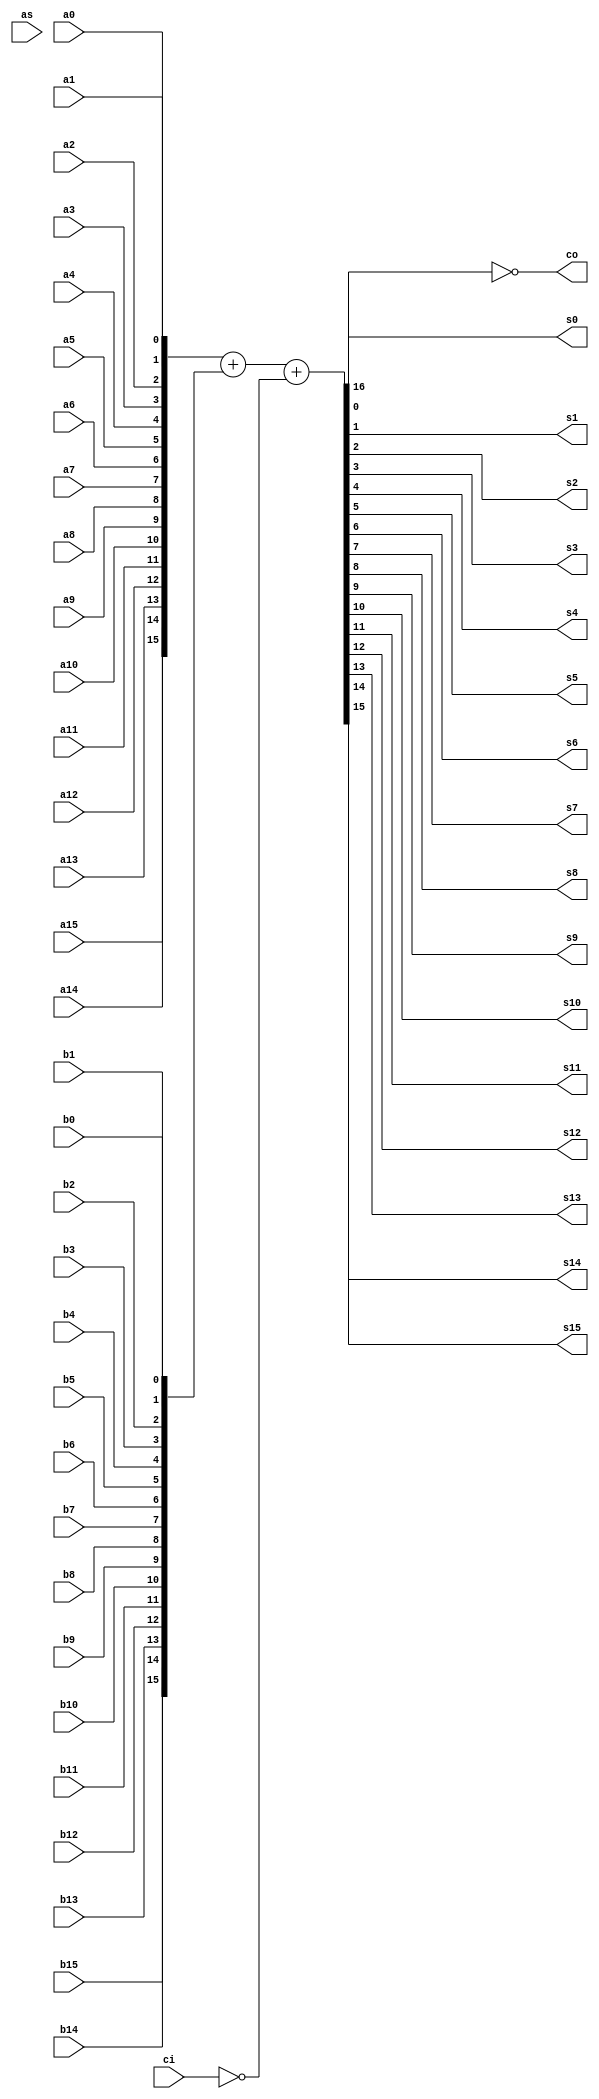
module fas16
(
	output	s0,
	output	s1,
	output	s2,
	output	s3,
	output	s4,
	output	s5,
	output	s6,
	output	s7,
	output	s8,
	output	s9,
	output	s10,
	output	s11,
	output	s12,
	output	s13,
	output	s14,
	output	s15,	
	output	co, // inverted!
	
	input		as, // Add/Substract - only Add is used

	input		ci,	// inverted!
  input a0,
  input b0,
  input a1,
  input b1,
  input a2,
  input b2,
  input a3,
  input b3,
  input a4,
  input b4,
  input a5,
  input b5,
  input a6,
  input b6,
  input a7,
  input b7,
  input a8,
  input b8,
  input a9,
  input b9,
  input a10,
  input b10,
  input a11,
  input b11,
  input a12,
  input b12,
  input a13,
  input b13,
  input a14,
  input b14,
  input a15,
  input b15
);

wire [15:0] a;
wire [15:0] b;
wire [15:0] s;

wire ci_p, co_p;

assign ci_p = ~ci;
assign co = ~co_p;

assign a = {a15, a14, a13, a12, a11, a10,
						a9, a8, a7, a6, a5, a4, a3, a2, a1, a0};
assign b = {b15, b14, b13, b12, b11, b10,
						b9, b8, b7, b6, b5, b4, b3, b2, b1, b0};

assign s0 = s[0];
assign s1 = s[1];
assign s2 = s[2];
assign s3 = s[3];
assign s4 = s[4];
assign s5 = s[5];
assign s6 = s[6];
assign s7 = s[7];
assign s8 = s[8];
assign s9 = s[9];
assign s10 = s[10];
assign s11 = s[11];
assign s12 = s[12];
assign s13 = s[13];
assign s14 = s[14];
assign s15 = s[15];

assign {co_p, s} = a + b + {15'b0000000_00000000, ci_p};

endmodule